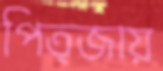
পিত্জায়